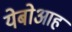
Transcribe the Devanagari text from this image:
येबोआह